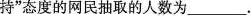
持”态度的网民抽取的人数为_________。